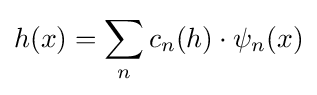
h(x)=\sum _{n}c_{n}(h)\cdot \psi _{n}(x)